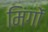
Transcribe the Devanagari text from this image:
मिंगों